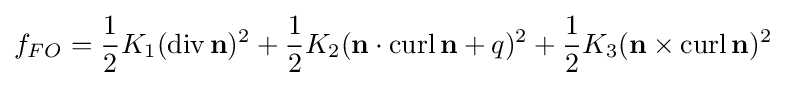
f_{FO}={\frac {1}{2}}K_{1}({\text{div}}\,\mathbf {n} )^{2}+{\frac {1}{2}}K_{2}(\mathbf {n} \cdot {\text{curl}}\,\mathbf {n} +q)^{2}+{\frac {1}{2}}K_{3}(\mathbf {n} \times {\text{curl}}\,\mathbf {n} )^{2}